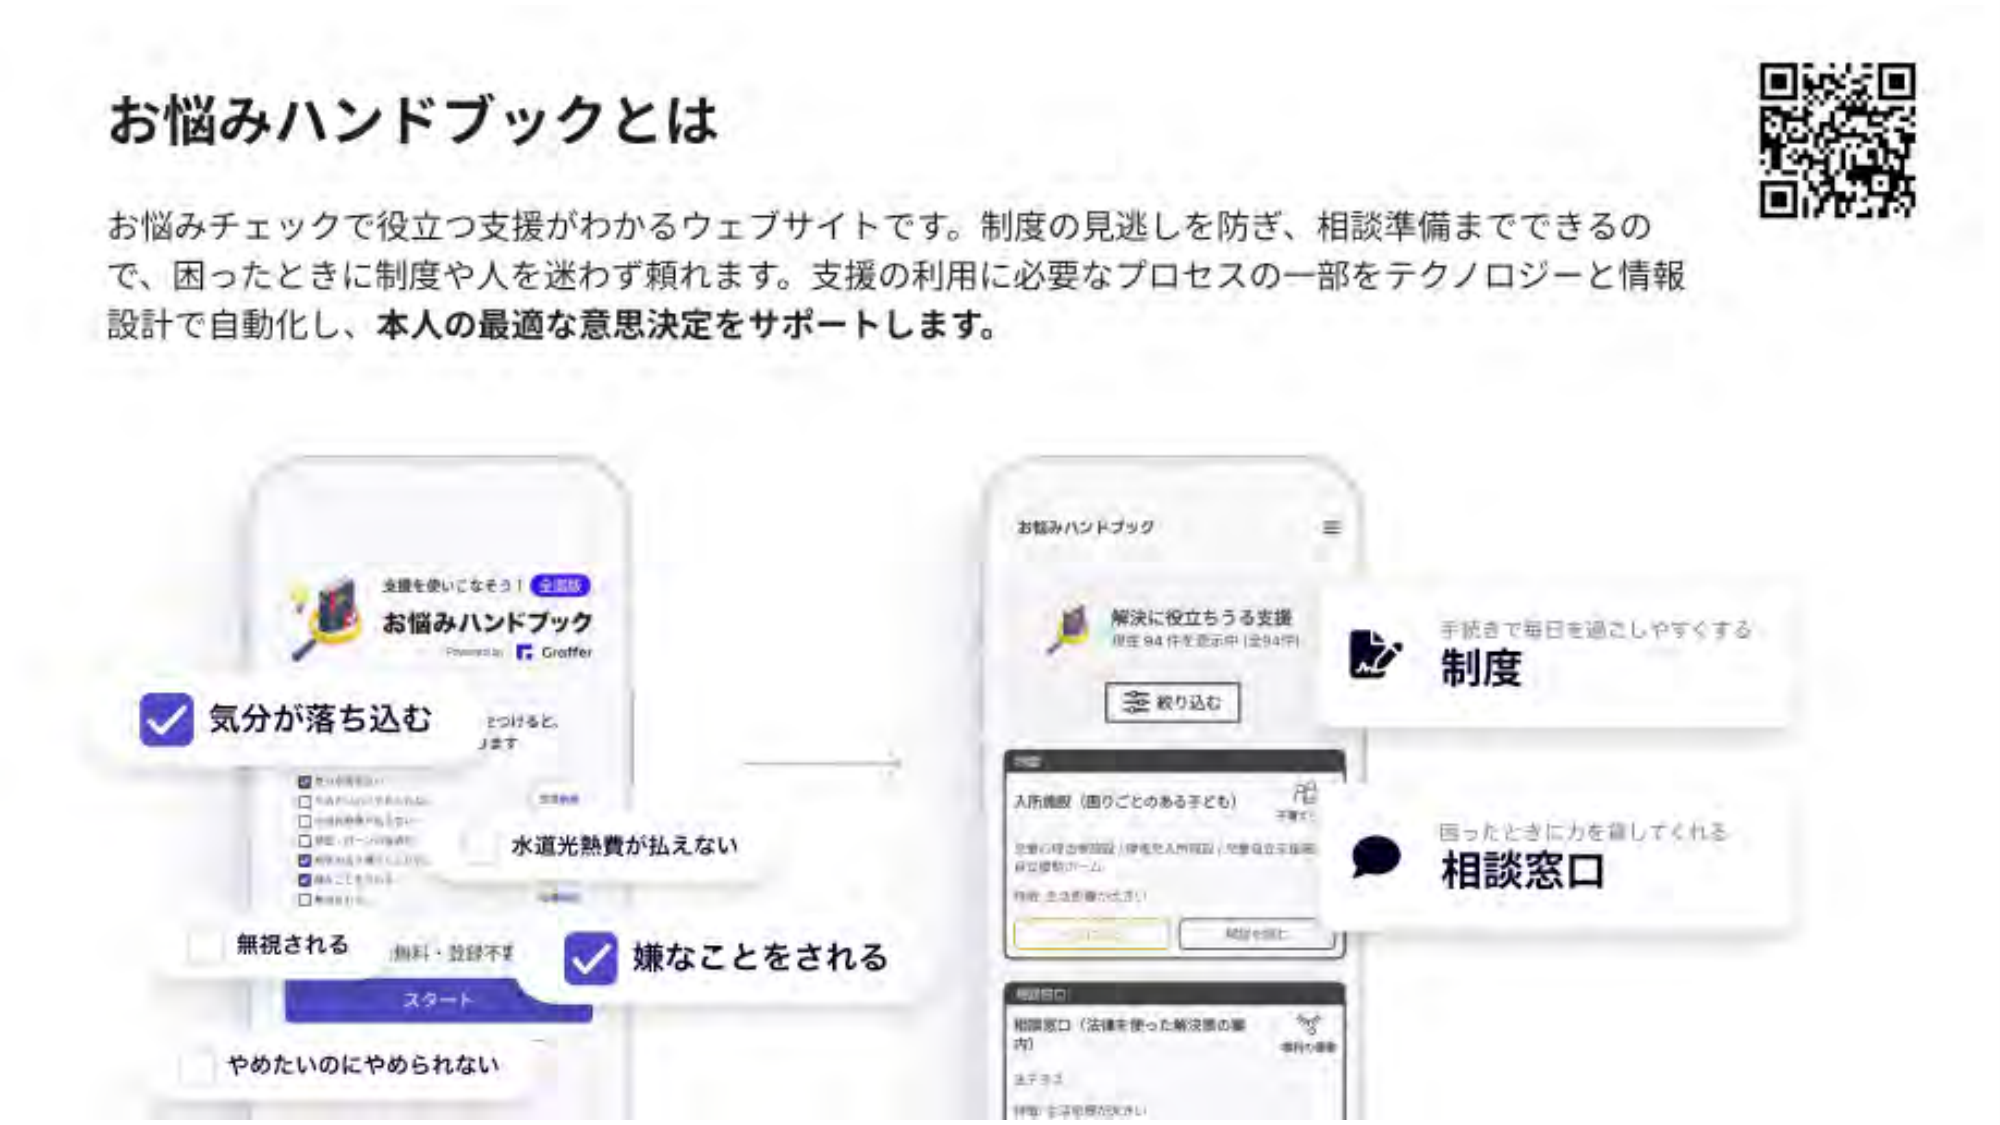
お悩みハンドブックとは

お悩みチェックで役立つ支援がわかるウェブサイトです。制度の見逃しを防ぎ、相談準備までできるので、困ったときに制度や人を迷わず頼れます。支援の利用に必要なプロセスの一部をテクノロジーと情報設計で自動化し、本人の最適な意思決定をサポートします。

支援を使いこなそう！ 全国版
お悩みハンドブック
Powered by Graffer

気分が落ち込む
水道光熱費が払えない
嫌なことをされる
無視される 無料・登録不要
スタート
やめたいのにやめられない

お悩みハンドブック
解決に役立ちうる支援
現在 94 件を表示中 (全94件)
絞り込む

入所施設（困りごとのある子ども）
児童心理司等派遣 / 優先的入所施設 / 児童自立支援施設 / 里親制度 / 一時保護 / 保護者支援 / その他

制度
手続きで毎日を過ごしやすくする

相談窓口
困ったときに力を貸してくれる

相談窓口（法律を使った解決策の案内）
事件の事例
まずはここ
相談・支援を受けてみよう